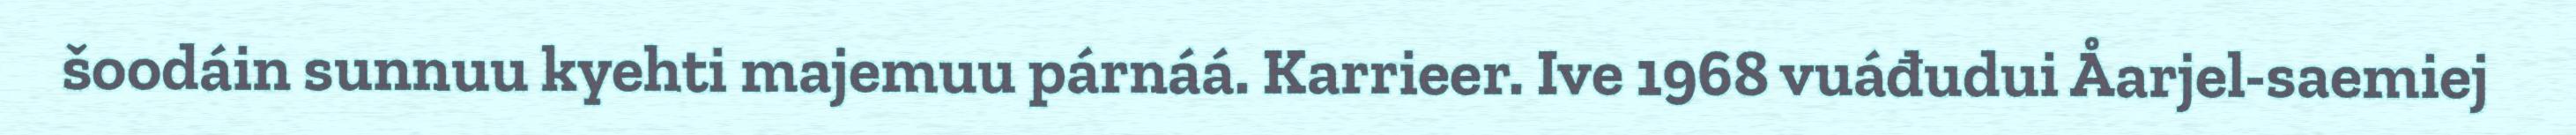
šoodáin sunnuu kyehti majemuu párnáá. Karrieer. Ive 1968 vuáđudui Åarjel-saemiej